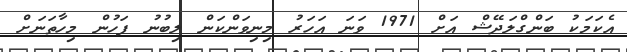
އެކަމަކު ބަންގްލަދޭޝް އަށް 1971 ވަނަ އަހަރު މިނިވަންކަން ލިބުނު ފަހުން މިހާތަނަށް